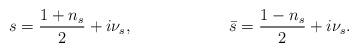
LaTeX: \begin{align*}s=\frac{1+n_s}2+i\nu_s, && \bar s=\frac{1-n_s}2+i\nu_s.\end{align*}